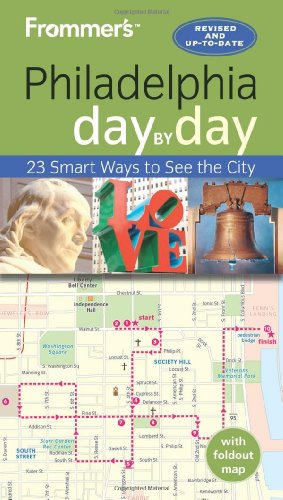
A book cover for Frommer's Philadelphia day by day; Reid Bramblett; Travel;